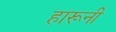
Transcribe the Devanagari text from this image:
हारूनी